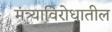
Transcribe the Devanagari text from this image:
मंत्र्याविरोधातील